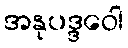
အနုပဒ္ဒဝေါ